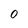
Character: 0